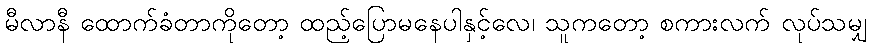
မီလာနီ ထောက်ခံတာကိုတော့ ထည့်ပြောမနေပါနှင့်လေ၊ သူကတော့ စကားလက် လုပ်သမျှ